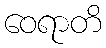
ဝေရာတိ